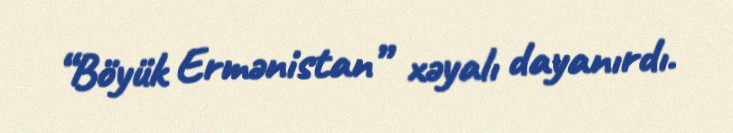
“Böyük Ermənistan” xəyalı dayanırdı.